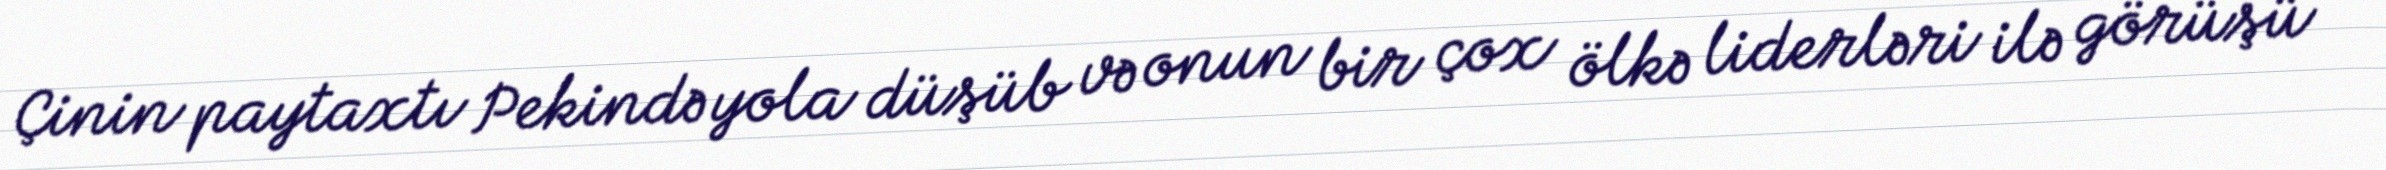
Çinin paytaxtı Pekində yola düşüb və onun bir çox ölkə liderləri ilə görüşü